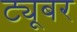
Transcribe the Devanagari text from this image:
ट्यूबर